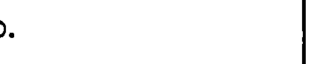
.